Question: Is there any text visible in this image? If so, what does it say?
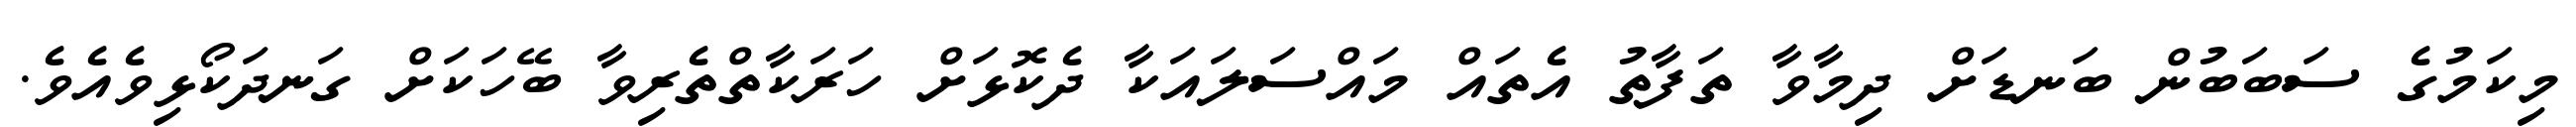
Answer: މިކަމުގެ ސަބަބުން ބަނޑަށް ދިމާވާ ތަފާތު އެތައް މައްސަލައަކާ ދެކޮޅަށް ހަރަކާތްތެރިވާ ބޭހަކަށް ގަނދަކޯޅިވެއެވެ.